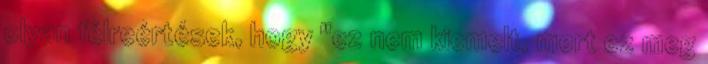
olyan félreértések, hogy "ez nem kiemelt, mert ez meg